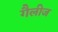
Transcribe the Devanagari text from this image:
गैलीज